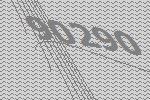
90290